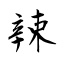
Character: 辣